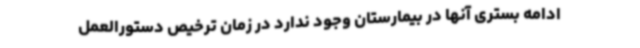
ادامه بستری آنها در بیمارستان وجود ندارد در زمان ترخیص دستورالعمل